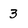
Character: 3